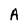
Character: A